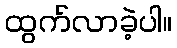
ထွက်လာခဲ့ပါ။